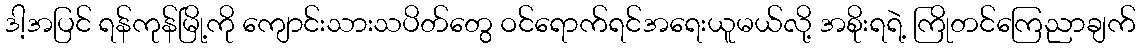
ဒါ့အပြင် ရန်ကုန်မြို့ကို ကျောင်းသားသပိတ်တွေ ဝင်ရောက်ရင်အရေးယူမယ်လို့ အစိုးရရဲ့ ကြိုတင်ကြေညာချက်